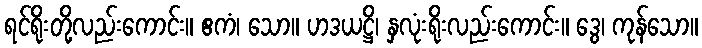
ရင်ရိုးတို့လည်းကောင်း။ ဧကံ၊ သော။ ဟဒယဋ္ဌိ၊ နှလုံးရိုးလည်းကောင်း။ ဒွေ၊ ကုန်သော။